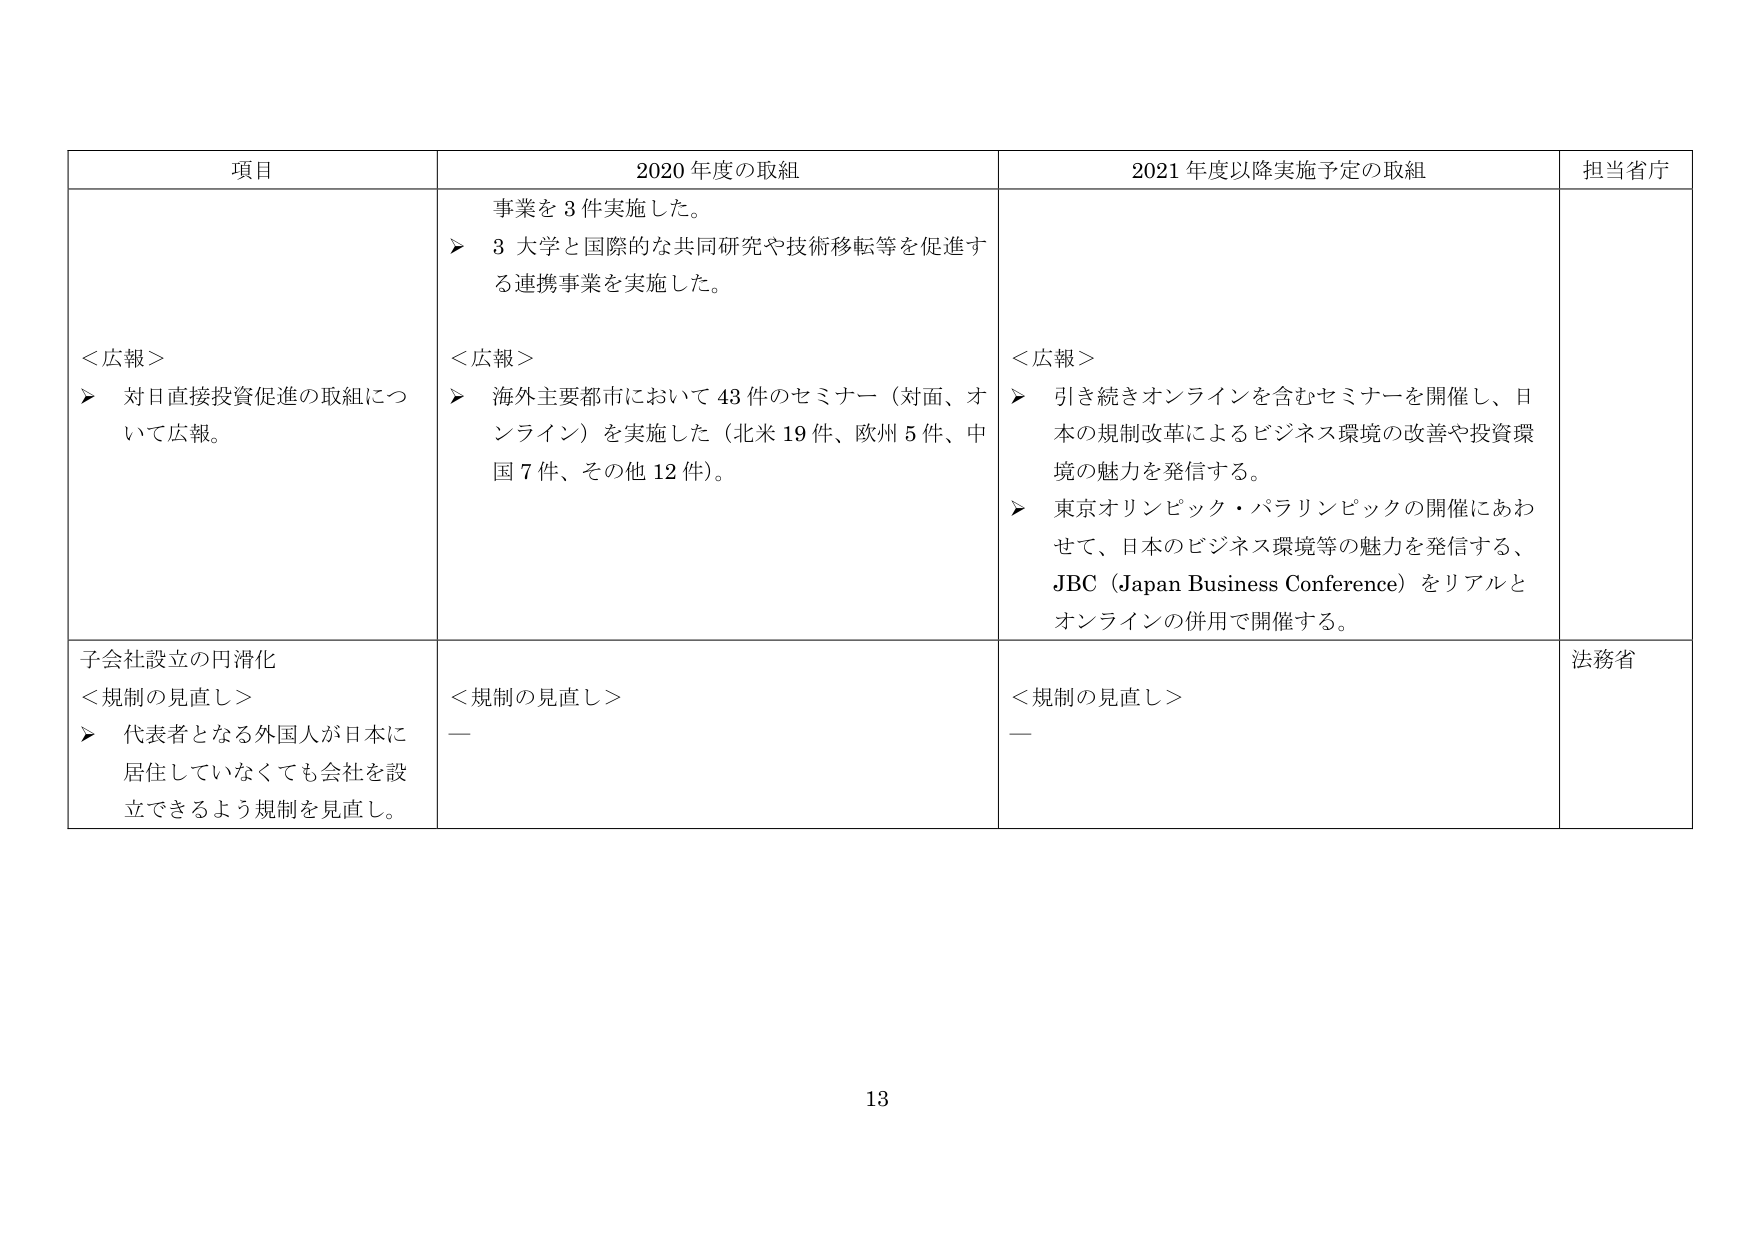
項目 2020年度の取組 2021年度以降実施予定の取組 担当省庁
＜広報＞
▶ 対日直接投資促進の取組について広報。
事業を3件実施した。
▶ 3大学と国際的な共同研究や技術移転等を促進する連携事業を実施した。
＜広報＞
▶ 海外主要都市において43件のセミナー（対面、オンライン）を実施した（北米19件、欧州5件、中国7件、その他12件）。
＜広報＞
▶ 引き続きオンラインを含むセミナーを開催し、日本の規制改革によるビジネス環境の改善や投資環境の魅力を発信する。
▶ 東京オリンピック・パラリンピックの開催にあわせて、日本のビジネス環境等の魅力を発信する、JBC（Japan Business Conference）をリアルとオンラインの併用で開催する。
子会社設立の円滑化
＜規制の見直し＞
▶ 代表者となる外国人が日本に居住していなくても会社を設立できるよう規制を見直し。
＜規制の見直し＞
—
＜規制の見直し＞
—
法務省
13